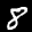
Label: 8